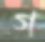
গ